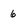
Character: 6